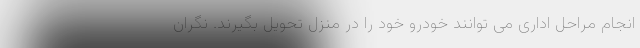
انجام مراحل اداری می توانند خودرو خود را در منزل تحویل بگیرند. نگران